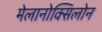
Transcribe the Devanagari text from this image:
मेलानोक्सिलोन